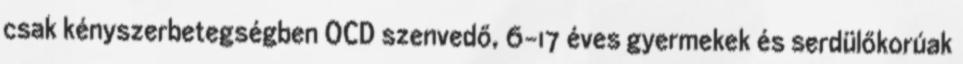
csak kényszerbetegségben OCD szenvedő, 6-17 éves gyermekek és serdülőkorúak